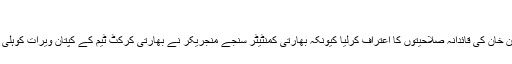
واضح رہے کہ باکسر عامر خان نے جوشوا پر ...
بھارت نے پاکستانی کرکٹ ٹیم کے سابق کپتان عمران خان کی قائدانہ صلاحیتوں کا اعتراف کرلیا کیونکہ بھارتی کمنٹیٹر سنجے منجریکر نے بھارتی کرکٹ ٹیم کے کپتان ویرات کوہلی کوعمران خان کے نقش قدم پرچلنے کامشورہ دیاہے ۔